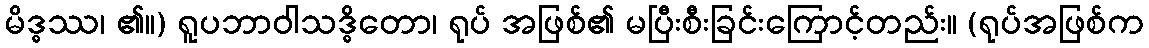
မိဒ္ဓဿ၊ ၏။) ရူပဘာဝါသဒ္ဓိတော၊ ရုပ် အဖြစ်၏ မပြီးစီးခြင်းကြောင့်တည်း။ (ရုပ်အဖြစ်က